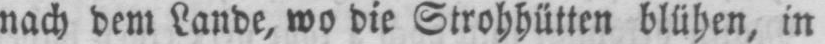
nach dem Lande, wo die Strohhütten blühen, in